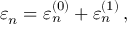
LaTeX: \varepsilon _ { n } = \varepsilon _ { n } ^ { ( 0 ) } + \varepsilon _ { n } ^ { ( 1 ) } \, ,